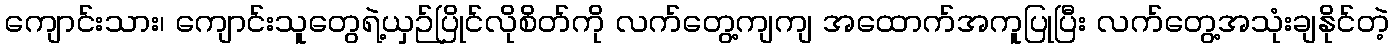
ကျောင်းသား၊ ကျောင်းသူတွေရဲ့ယှဉ်ပြိုင်လိုစိတ်ကို လက်တွေ့ကျကျ အထောက်အကူပြုပြီး လက်တွေ့အသုံးချနိုင်တဲ့